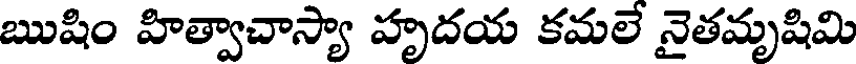
ఋషిం హిత్వాచాస్యా హృదయ కమలే నైతమృషిమి